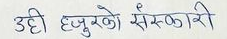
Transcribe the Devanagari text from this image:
उही हजुरको संस्कारी